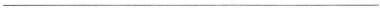
___